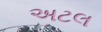
અટલ